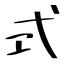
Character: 式